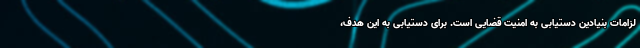
لزامات بنیادین دستیابی به امنیت قضایی است. برای دستیابی به این هدف،